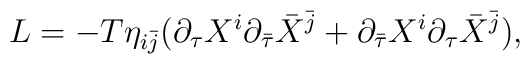
L = - T \eta_{i\bar{j}} ({\partial}_{\tau} X^{i}{\partial}_ {\bar \tau } {\bar X}^{\bar{j}} + {\partial} _{\bar \tau }X^{i} {\partial} _{\tau}{\bar X }^{\bar{j }}),